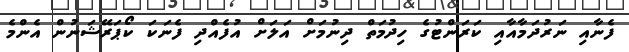
ފެނާއި ނަރުދަމާއާއި ކަރަންޓުގެ ހިދުމަތް ދިނުމަށް އަލަށް އުފެއްދި ފެނަކަ ކޯޕަރޭޝަނުން އެންމެ